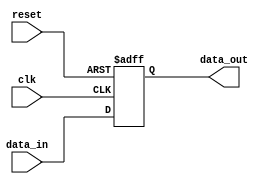
module IO_Block_Highspeed_Buffer (
    input wire clk,
    input wire reset,
    input wire [7:0] data_in,
    output wire [7:0] data_out
);

reg [7:0] buffer;

always @(posedge clk or posedge reset) begin
    if (reset) begin
        buffer <= 8'h00;
    end else begin
        buffer <= data_in;
    end
end

assign data_out = buffer;

endmodule